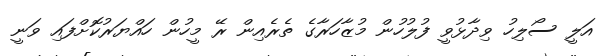
އަލީ ސޯލިހު ވިދާޅުވީ ފުލުހުން މުޒާހަރާގެ ތެރެއިން ރޭ މީހުން ހައްޔަރުކޮށްފައި ވަނީ